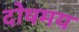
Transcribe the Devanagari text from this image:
दोषमय